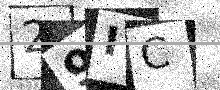
Text: 29IC